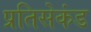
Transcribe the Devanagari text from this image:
प्रतिसेकंड